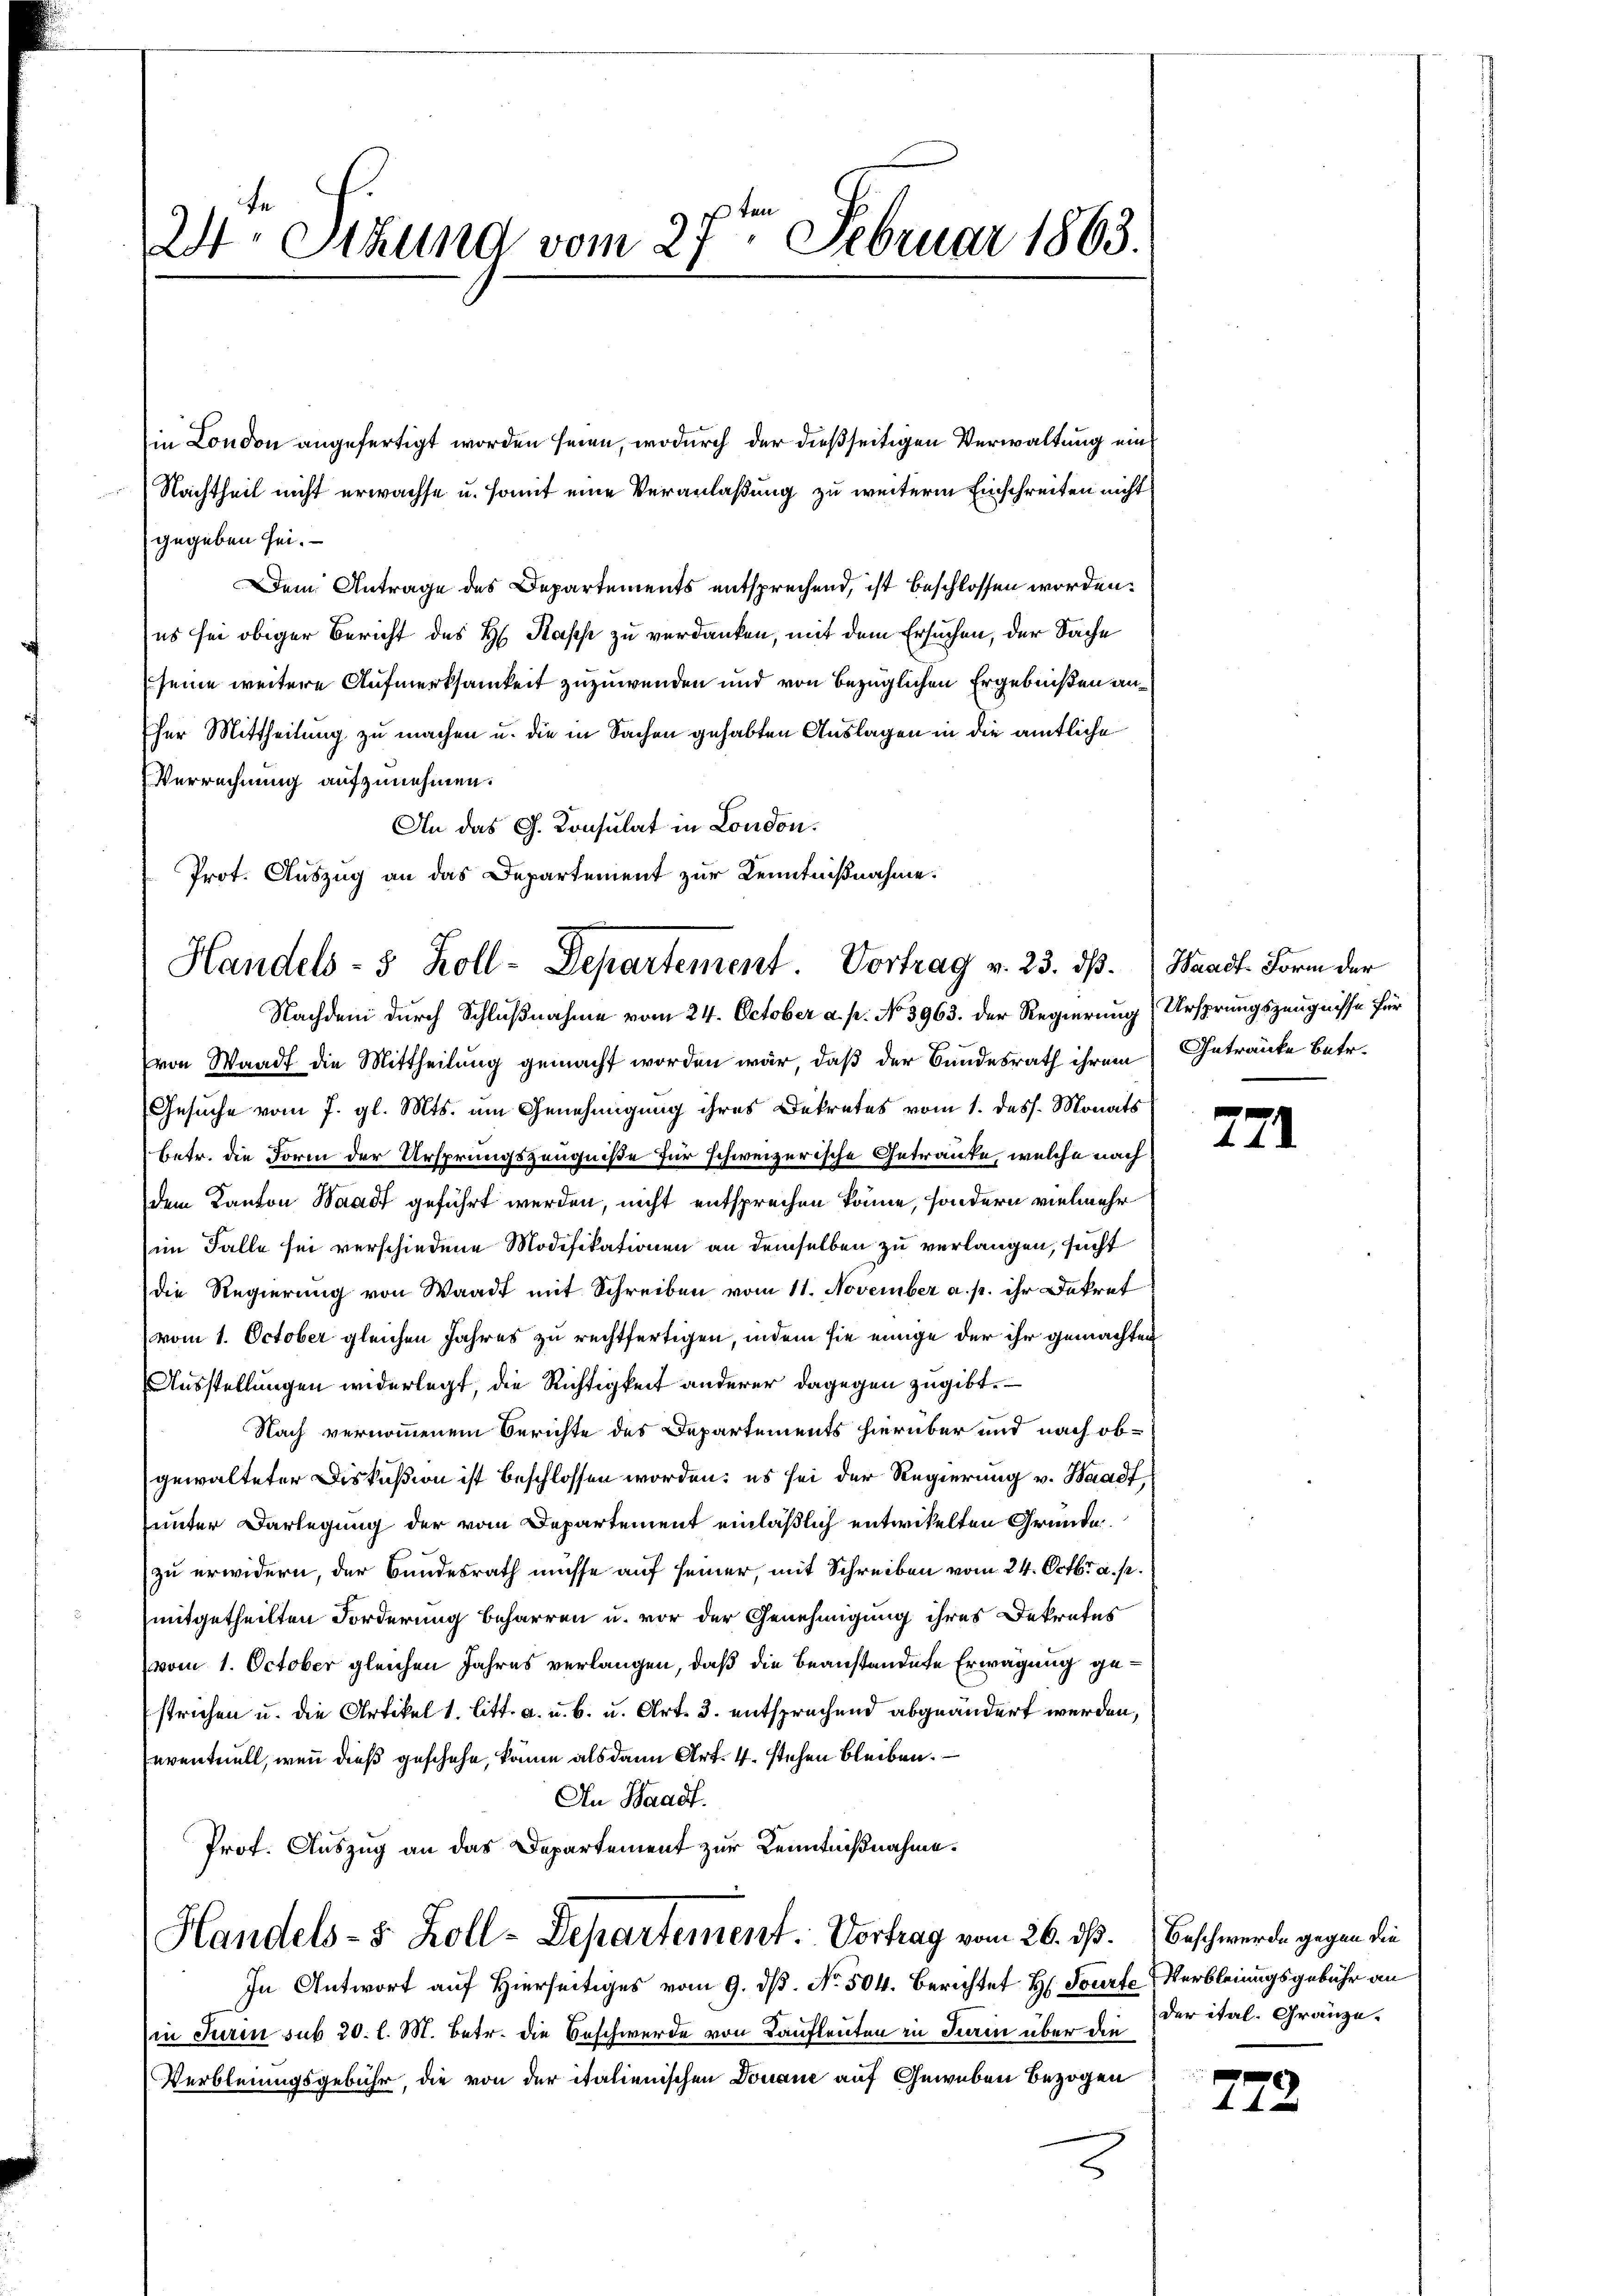
24 Stund vom 27ten Februar 1863.

in London angefertigt worden seien, wodurch der dießseitigen Verwaltung ein¬
Nachtheit nicht erwachse u. somit eine Veranlaßung zu weiterm Einschreiten nicht
gegeben sei.
Dem Antrage des Departements entsprechend, ist beschlossen worden:
(es sei obiger Bericht des H. Hass zu verdanken, mit dem Ersuchen, der Sache
(seine weitere Aufmerksamkeit zuzuwenden und von bezüglichen Ergebnißen anher Mittheilung zu machen u. die in Sachen gehabten Auslagen in die amtliche
Verrechnung aufzunehmen.
An das G. Konsulat in London.
(von Waadt die Mittheilung gemacht worden war, daß der Bundesrath ihrem Getraute betr.
Gesuche vom 7. gl. Mts. um Genehmigung ihres Dekretes vom 1. dess. Monats
betr. die Form der Ursprungszeugniße für schweizerische Getraute, welche nach
dem Kanton Waadt geführt werden, nicht entsprechen könne, sondern vielmehr
im Falle sei verschiedene Modifikationen an demselben zu verlangen, sucht
die Regierung von Waadt mit Schreiben vom 11. November a. p. ihr Dekret
(vom 1. October gleichen Jahres zu rechtfertigen, indem sie einige der ihr gemachten
Ausstellungen widerlegt, die Richtigkeit anderer dagegen zugibt.
Nach vernommenem Berichte des Departements hierüber und nach obgewalteter Diskußion ist beschlossen worden; es sei der Regierung v. Waadt,
unter Darlegung der vom Departement einläßlich entwickelten Gründe.
zu erwidern, der Bundesrath müsse auf seiner, mit Schreiben vom 24. Octbr. a. p.
mitgetheilten Forderung beharren u. vor der Genehmigung ihres Dekretes
vom 1. October gleichen Jahres verlangen, daß die beanstandete Erwägung gestrichen u. die Artikel 1. litt. a. u. b. u. Art. 3. entsprechend abgeändert werden,
eventuell, wenn dieß geschehe, kann als dann Art. 4. stehen bleiben.
An Waadt.
Prof. Auszug an das Departement zur Kenntnißnahme.
Handels- & Zoll-Departement. Vortrag vom 26. dß. Beschwerde gegen die
In Antwort auf Hierseitiges vom 9. ds. No. 504. Berichtet H. Tourte Verbleiungsgebühr an
in Turin sub 20. l. M. Betr. die Beschwerde von Kaufleuten in Sein über die der ital. Gränze.
Verbleiungsgebühr, die von der italienischen Donaue auf Geweben bezogen

Prot. Auszug an das Departement zur Kenntnißnahme.
Handels- 5 Zoll-Departement. Vortrag v. 23. ds. Waadt. Form der
Nachdem durch Schlußnahme vom 24. October a. p. No. 3963. der Regierung Ursprungszeugnisse für

721.

772.